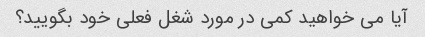
آیا می خواهید کمی در مورد شغل فعلی خود بگویید؟